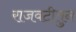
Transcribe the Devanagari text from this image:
राजवटीतुन